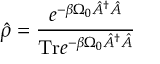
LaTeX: \hat { \rho } = \frac { e ^ { - \beta \Omega _ { 0 } \hat { A } ^ { \dagger } \hat { A } } } { \mathrm { T r } e ^ { - \beta \Omega _ { 0 } \hat { A } ^ { \dagger } \hat { A } } }